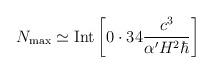
LaTeX: \begin{align*}N_{\rm max} \simeq {\rm Int} \left\lbrack 0 \cdot 34 \frac{c^3}{\alpha^\prime H^2 \hbar} \right\rbrack\end{align*}